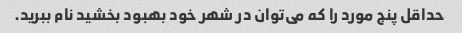
حداقل پنج مورد را که می‌توان در شهر خود بهبود بخشید نام ببرید.